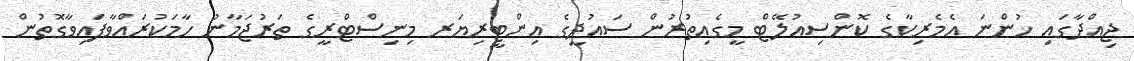
ޖިއްދާގައި ހުންނަ އެމެރިކާގެ ކޮންސިއުލޭޓް މީގެއިތުރުން ސައުދީގެ އިންޓީރިޔަރ މިނިސްޓްރީގެ ތަރުޖަމާނު ހާމަކުރައްވާފައިވާގޮތުން